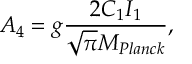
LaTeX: { \cal A } _ { 4 } = g \frac { 2 C _ { 1 } I _ { 1 } } { \sqrt { \pi } M _ { P l a n c k } } ,